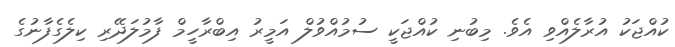
ކުއްޖަކު އުރާލެއްވި އެވެ. މިބުނި ކުއްޖަކީ ސުމުއްވުލް އަމީރު އިބްރާހީމް ފާމުލަދޭރި ކިލެގެފާނުގެ